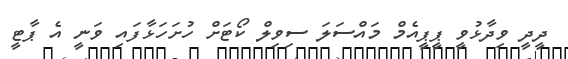
ދީދީ ވިދާޅުވީ ޕީޕީއެމް މައްސަލަ ސިވިލް ކޯޓަށް ހުށަހަޅާފައި ވަނީ އެ ޕާޓީ